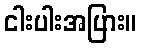
ငါးပါးအပြား။